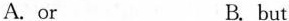
A.or B.but